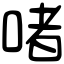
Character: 啫